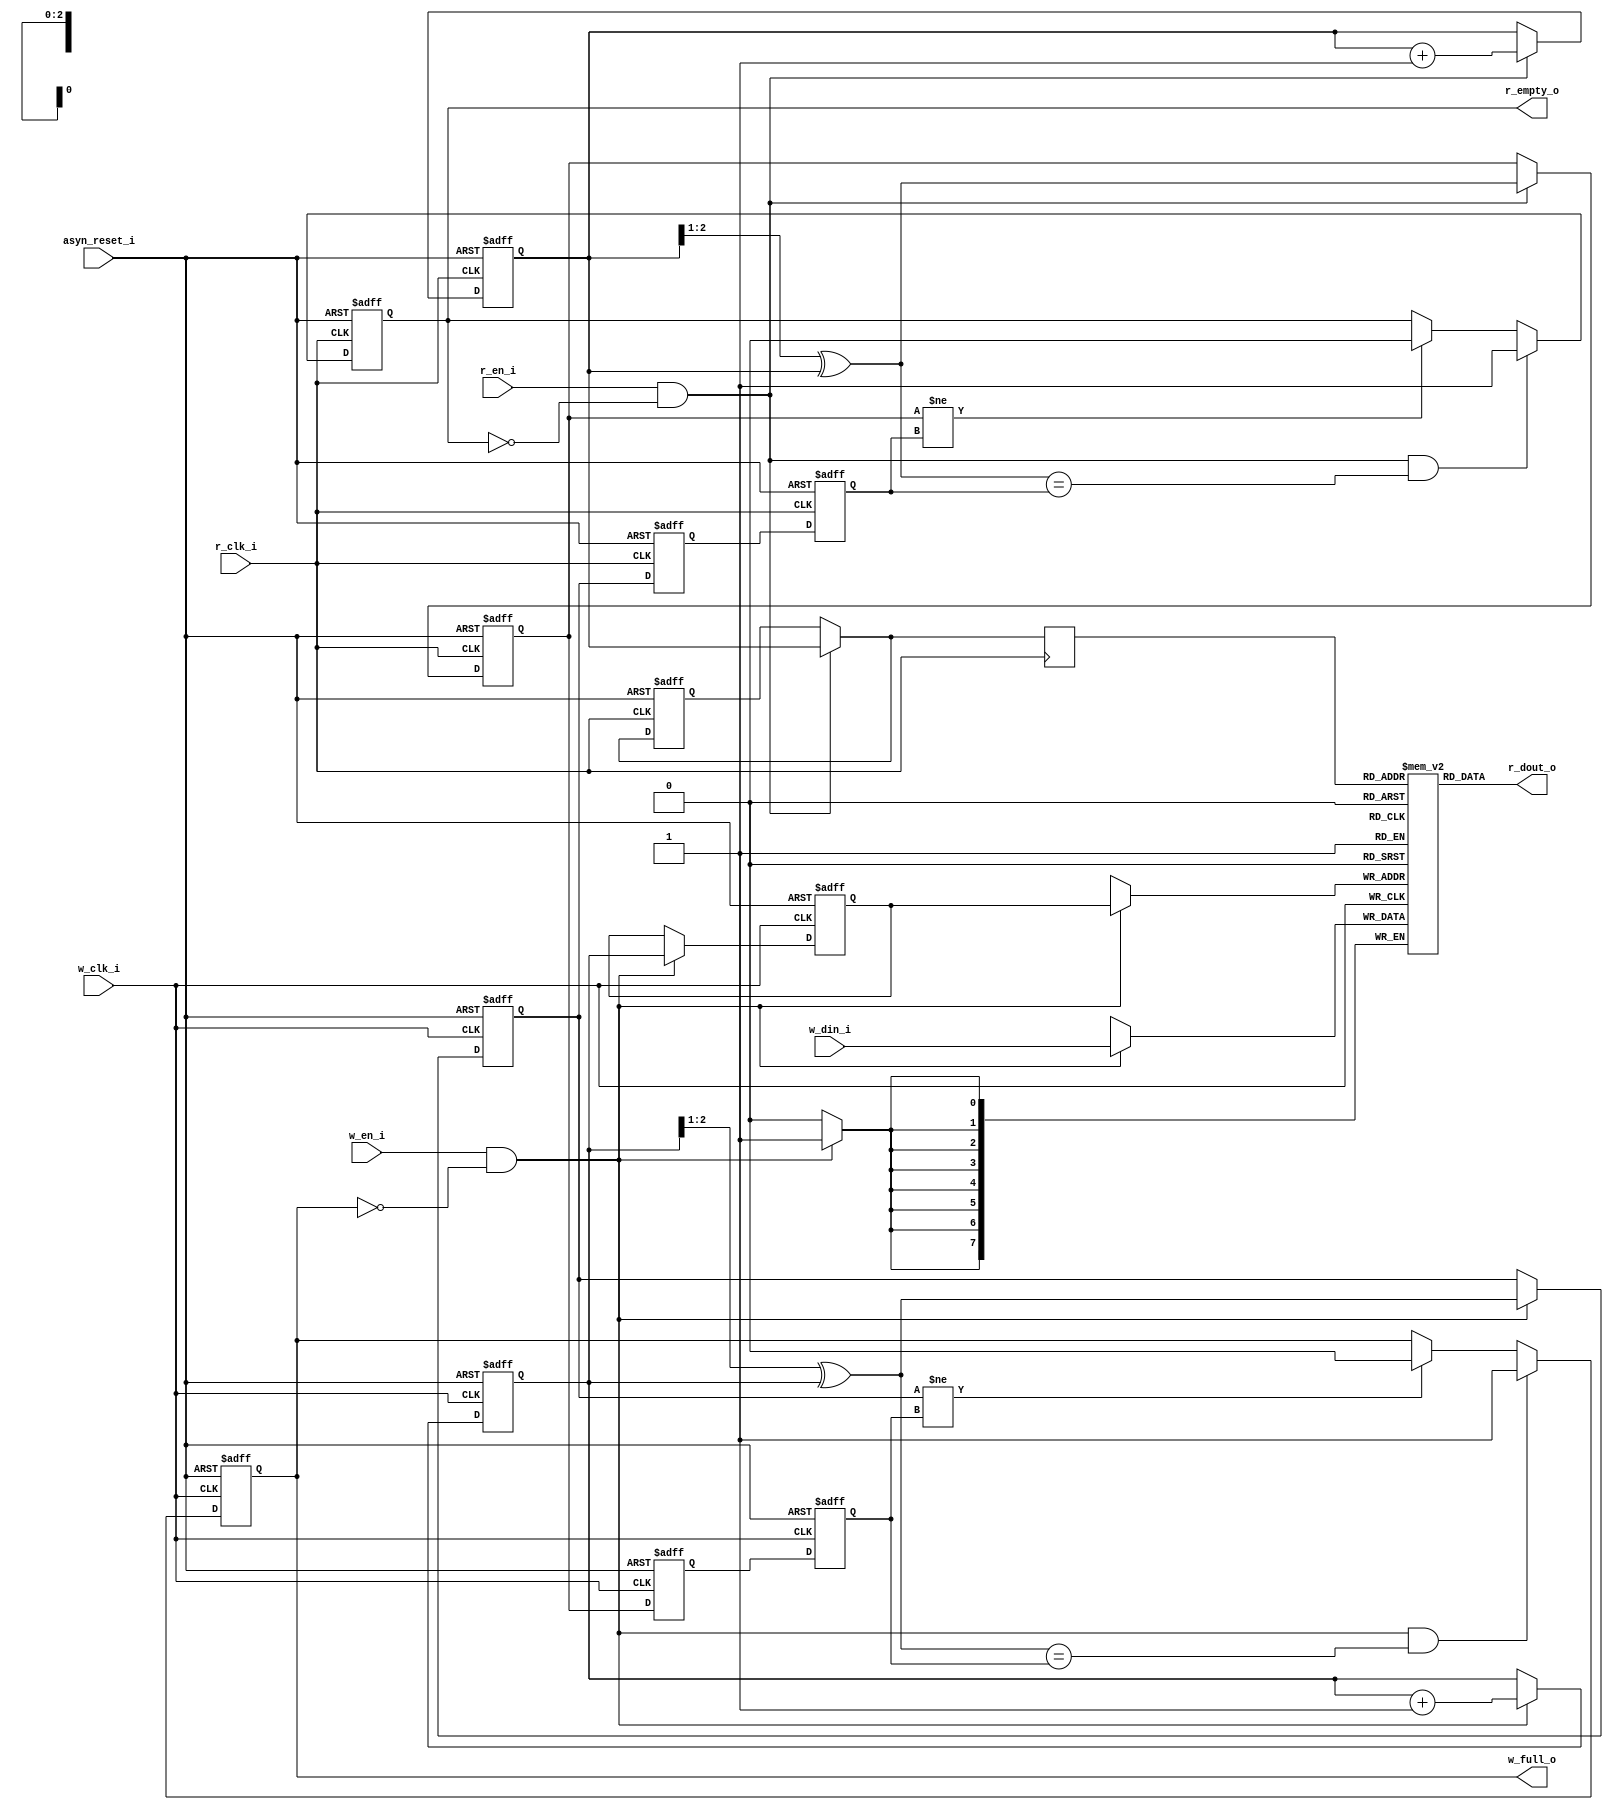
/* ============================================================
*
* Copyright (c) 2008
* National Research Center for Intelligent Computing Systems
* Key Laboratory of Computer System and Architecture,
* Institute of Computing Technology, Chinese Academy of Sciences
*
* All rights reserved.
*
* THIS MATERIAL IS PROVIDED BY THE INSTITUTE OF COMPUTING TECHNOLOGY,
* CHINESE ACADEMY OF SCIENCES AND ANY COPYRIGHT
* HOLDERS AND CONTRIBUTORS "AS IS" IN ITS CURRENT CONDITION AND WITHOUT ANY
* REPRESENTATIONS, GUARANTEE, OR WARRANTY OF ANY KIND OR IN ANY WAY RELATED
* TO SUPPORT, INDEMNITY, ERROR FREE OR UNINTERRUPTED OPERATION, OR THAT IT
* IS FREE FROM DEFECTS OR VIRUSES.
* 
* National Research Center for Intelligent Computing Systems
* Key Laboratory of Computer System and Architecture,
* Institute of Computing Technology, Chinese Academy of Sciences
*
* kexueyuan south road
* 100080 Beijing
* China
* http://www.ncic.ac.cn
* http://www.ict.ac.cn
*
*
* Author(s):    chenfei
*				chenfei@ncic.ac.cn
*
* 
* Description:  show-ahead	asynchronous fifo
* ===========================================================*/

//	show-ahead	asynchronous fifo

`timescale 1ns/100ps

module	ASYNC_FIFO_WRAPPER
(
	asyn_reset_i,

	w_clk_i,
	w_en_i,
	w_din_i,

	r_clk_i,
	r_en_i,
	r_dout_o,

	w_full_o,
	r_empty_o
);

parameter aw = 3, dw = 8;

input				asyn_reset_i;
input				w_clk_i;
input				w_en_i;
input	[dw-1:0]	w_din_i;

input				r_clk_i;
input				r_en_i;
output	[dw-1:0]	r_dout_o;

output				w_full_o;
output				r_empty_o;




//----------------------------------------------------------------------------//
//--------------------------    control logic    -----------------------------//
//----------------------------------------------------------------------------//




reg		[aw-1:0]	w_addr;						// write address
reg		[aw-1:0]	w_addr_next;				// write address + 1
reg		[aw-1:0]	w_addr_grey;				// grey code of write address
wire	[aw-1:0]	w_addr_next_grey;			// grey code of write address + 1
reg					full_reg;					// RAM is full
wire				w_allow;					// write RAM permission

reg		[aw-1:0]	wsyn1_rgrey;				// read grey address asyn to w_clk the first time
reg		[aw-1:0]	wsyn2_rgrey;				// read grey address asyn to w_clk the second time



reg		[aw-1:0]	r_addr;						// read address
reg		[aw-1:0]	r_addr_next;				// read address + 1
reg		[aw-1:0]	r_addr_grey;				// grey code of read address
wire	[aw-1:0]	r_addr_next_grey;			// grey code of read address + 1
reg					empty_reg;					// RAM is empty
wire				r_allow;					// read RAM permission
wire	[aw-1:0]	read_ram_addr;

reg		[aw-1:0]	rsyn1_wgrey;				// write grey address asyn to w_clk the first time
reg		[aw-1:0]	rsyn2_wgrey;				// write grey address asyn to w_clk the second time


assign	r_allow = r_en_i & (~empty_reg);
assign	w_allow	= w_en_i & (~full_reg); 

//----------------------------------------------------------------------------//
//--------------------------    Write processing    --------------------------//
//----------------------------------------------------------------------------//

always	@ (posedge w_clk_i or posedge asyn_reset_i)
begin
	if (asyn_reset_i)
	begin
		w_addr		<= 0;
		w_addr_next	<= 1;
		w_addr_grey	<= 0;
	end
	else if (w_allow)
	begin
		w_addr		<= w_addr_next;
		w_addr_next	<= w_addr_next + 1;
		w_addr_grey	<= w_addr_next_grey;
	end
end

assign	w_addr_next_grey	= (w_addr_next >> 1) ^ w_addr_next;


always	@ (negedge w_clk_i or posedge asyn_reset_i)			// asyn read address to w_clk region the first time
begin
	if (asyn_reset_i)
		wsyn1_rgrey	<= 0;
	else
		wsyn1_rgrey	<= r_addr_grey;
end


always	@ (posedge w_clk_i or posedge asyn_reset_i)			// asyn read address to w_clk region the second time
begin
	if (asyn_reset_i)
	begin
		full_reg		<= 0;
		wsyn2_rgrey		<= 0;
	end
	else
	begin
		if (w_allow & (w_addr_next_grey == wsyn2_rgrey))
			full_reg	<= 1;
		else if (w_addr_grey != wsyn2_rgrey)
			full_reg	<= 0;
		
		wsyn2_rgrey			<= wsyn1_rgrey;
	end
end


assign	w_full_o		= full_reg;





//----------------------------------------------------------------------------//
//--------------------------    Read processing    ---------------------------//
//----------------------------------------------------------------------------//

always	@ (posedge r_clk_i or posedge asyn_reset_i)
begin
	if (asyn_reset_i)
	begin
		r_addr		<= 0;
		r_addr_next	<= 1;
		r_addr_grey	<= 0;
	end
	else if (r_allow)
	begin
		r_addr		<= r_addr_next;
		r_addr_next	<= r_addr_next + 1;
		r_addr_grey	<= r_addr_next_grey;
	end
end

assign	r_addr_next_grey = (r_addr_next >> 1) ^ r_addr_next;


always	@ (negedge r_clk_i or posedge asyn_reset_i)			// asyn write address to r_clk region the first time
begin
	if (asyn_reset_i)
		rsyn1_wgrey	<= 0;
	else
		rsyn1_wgrey	<= w_addr_grey;
end


always	@ (posedge r_clk_i or posedge asyn_reset_i)			// asyn read address to w_clk region the second time
begin
	if (asyn_reset_i)
	begin
		empty_reg		<= 1;
		rsyn2_wgrey		<= 0;
	end
	else
	begin
		if (r_allow & (r_addr_next_grey == rsyn2_wgrey))
			empty_reg	<= 1;
		else if (r_addr_grey != rsyn2_wgrey)
			empty_reg	<= 0;
		
		rsyn2_wgrey		<= rsyn1_wgrey;
	end
end


assign	read_ram_addr	= r_allow ? r_addr_next : r_addr;
assign	r_empty_o		= empty_reg;



//----------------------------------------------------------------------------//
//-------------------------------    RAM    ----------------------------------//
//----------------------------------------------------------------------------//
 

reg		[dw-1:0]	mem [(1<<aw)-1:0] /*synthesis syn_ramstyle="no_rw_check"*/; 
reg 	[aw-1:0] 	addr_reg;


always @(posedge w_clk_i)
	if(w_allow)
		mem[w_addr] <= w_din_i;


always @(posedge r_clk_i)
	addr_reg <= read_ram_addr;	

assign r_dout_o = mem[addr_reg];

endmodule